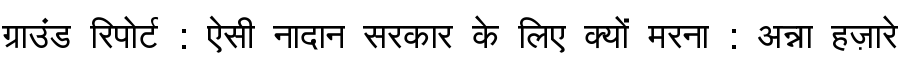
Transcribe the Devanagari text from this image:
ग्राउंड रिपोर्ट : ऐसी नादान सरकार के लिए क्यों मरना : अन्ना हज़ारे